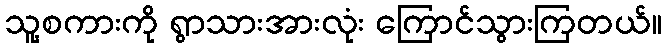
သူ့စကားကို ရွာသားအားလုံး ကြောင်သွားကြတယ်။